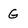
Character: g